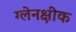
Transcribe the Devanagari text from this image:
ग्लेनक्षीक